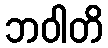
ဘဝါတိ